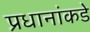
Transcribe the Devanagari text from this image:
प्रधानांकडे